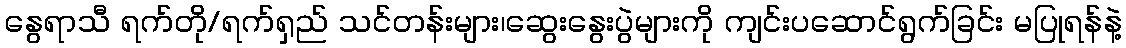
နွေရာသီ ရက်တို/ရက်ရှည် သင်တန်းများ၊ဆွေးနွေးပွဲများကို ကျင်းပဆောင်ရွက်ခြင်း မပြုရန်နဲ့